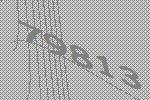
79813